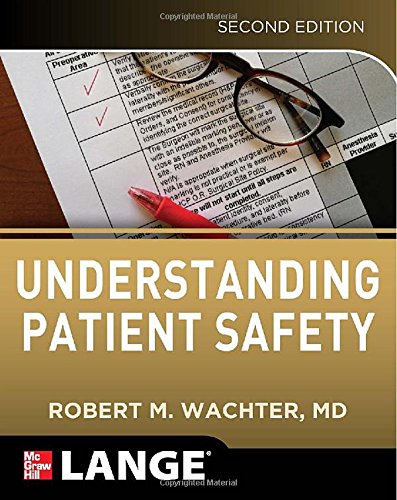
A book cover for Understanding Patient Safety, Second Edition; Robert Wachter; Medical Books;